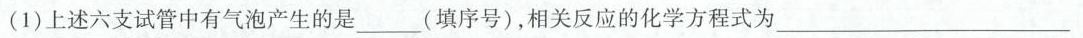
(1)上述六支试管中有气泡产生的是___(填序号)，相关反应的化学方程式为___